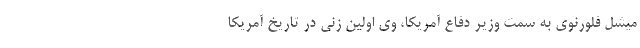
میشل فلورنوی به سمت وزیر دفاع آمریکا، وی اولین زنی در تاریخ آمریکا